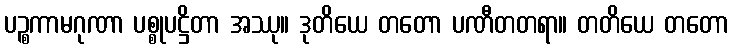
ပဉ္စကာမဂုဏာ ပစ္စုပဋ္ဌိတာ အဿု။ ဒုတိယေ တတော ပဏီတတရာ။ တတိယေ တတော